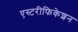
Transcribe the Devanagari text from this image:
एस्टरीफिकेशन